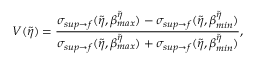
V ( \tilde { \eta } ) = \frac { \sigma _ { s u p \rightarrow f } ( \tilde { \eta } , \beta _ { m a x } ^ { \tilde { \eta } } ) - \sigma _ { s u p \rightarrow f } ( \tilde { \eta } , \beta _ { m i n } ^ { \tilde { \eta } } ) } { \sigma _ { s u p \rightarrow f } ( \tilde { \eta } , \beta _ { m a x } ^ { \tilde { \eta } } ) + \sigma _ { s u p \rightarrow f } ( \tilde { \eta } , \beta _ { m i n } ^ { \tilde { \eta } } ) } ,